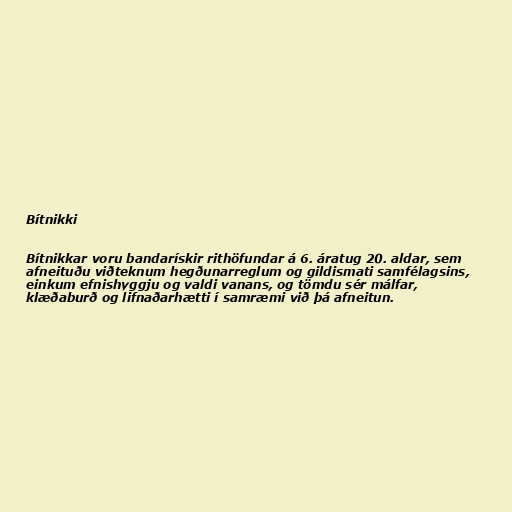
Bítnikki

Bítnikkar voru bandarískir rithöfundar á 6. áratug 20. aldar, sem
afneituðu viðteknum hegðunarreglum og gildismati samfélagsins,
einkum efnishyggju og valdi vanans, og tömdu sér málfar,
klæðaburð og lifnaðarhætti í samræmi við þá afneitun.